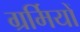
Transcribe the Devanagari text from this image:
ग्रर्मियों